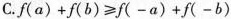
C.$$f ( a ) + f ( b ) ≥ [ f ( - a ) + f ( - b ) ]$$